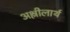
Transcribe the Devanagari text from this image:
अश्लीलार्थ